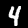
Label: 4